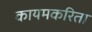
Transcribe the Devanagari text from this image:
कायमकरिता